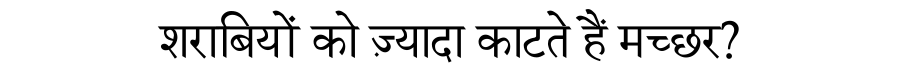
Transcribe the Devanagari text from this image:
शराबियों को ज़्यादा काटते हैं मच्छर?